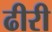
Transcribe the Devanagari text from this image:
ढीरी